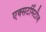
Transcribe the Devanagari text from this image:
एक्सटर्मिटीज